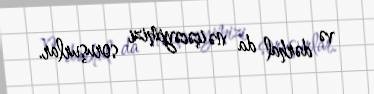
və dərhal da nə içəcəyimizi soruşurlar.